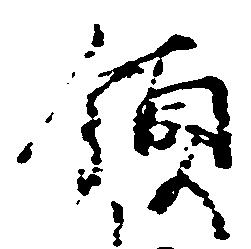
領